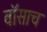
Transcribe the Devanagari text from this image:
वॉसाच